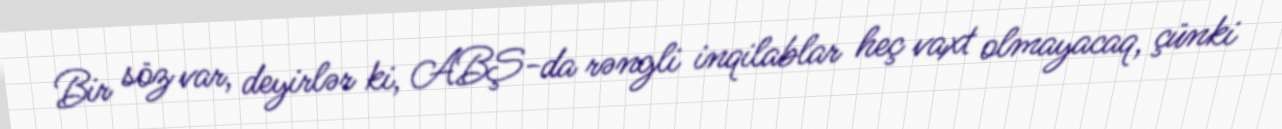
Bir söz var, deyirlər ki, ABŞ-da rəngli inqilablar heç vaxt olmayacaq, çünki